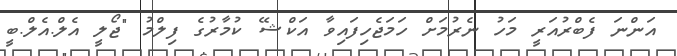
އަންނަ ފެބްރުއަރީ މަހު ނެރުމަށް ހަމަޖެހިފައިވާ އަކްޝޭ ކުމާރުގެ ފިލްމު "ޖޯލީ އެލް.އެލް.ބީ